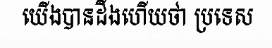
យើងបានដឹងហើយថា ប្រទេស